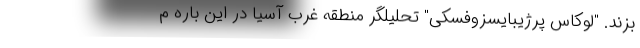
بزند. "لوکاس پرژیبایسزوفسکی" تحلیلگر منطقه غرب آسیا در این باره م